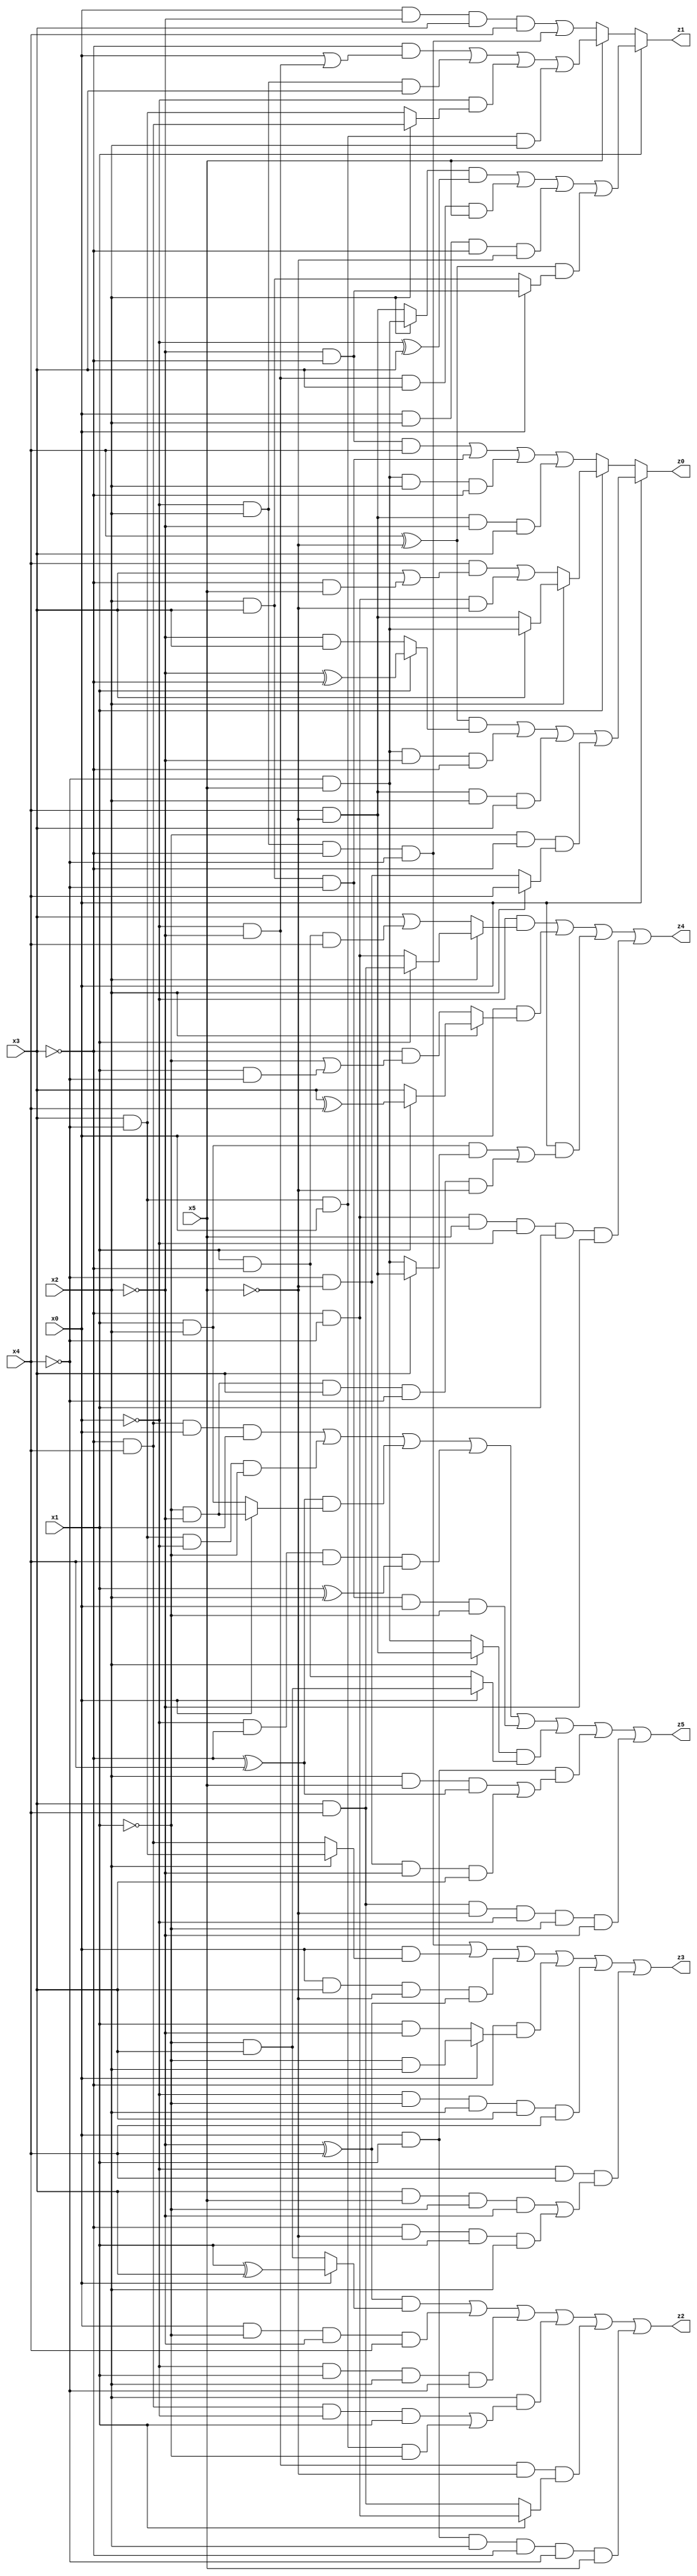
// Benchmark "X_45" written by ABC on Wed Jun 07 23:39:05 2023

module X_45 ( 
    x0, x1, x2, x3, x4, x5,
    z0, z1, z2, z3, z4, z5  );
  input  x0, x1, x2, x3, x4, x5;
  output z0, z1, z2, z3, z4, z5;
  assign z0 = x0 ? (((x4 ^ ~x5) & (x1 ? (~x2 ^ ~x3) : (~x2 & x3))) | (~x4 & x5 & ~x2 & ~x3) | (x4 & ~x5 & x2 & x3) | (~x1 & ~x3 & (x2 ? x4 : (~x4 & ~x5)))) : (x1 ? (x2 ? (x3 ? (~x4 & x5) : (x4 & ~x5)) : ((x4 & (x3 | (~x3 & x5))) | (~x3 & ~x4 & ~x5))) : ((~x2 & ~x3 & x4) | (x2 & x3 & ~x4) | (~x4 & x5 & x2 & ~x3) | (x4 & ~x5 & ~x2 & x3)));
  assign z1 = x1 ? (((x2 ? (~x4 & x5) : (x4 & ~x5)) & (~x0 ^ x3)) | (~x0 & ~x2 & x3 & x5) | (x0 & x2 & ~x3 & ~x5) | ((x4 ^ ~x5) & (x0 ? (~x2 & ~x3) : (x2 & x3)))) : (x5 ? ((~x3 & (x0 | (~x0 & ~x2))) | (~x0 & x2 & x3) | (~x0 & (x2 ? (~x3 & x4) : (x3 & ~x4))) | (x3 & ~x4 & x0 & x2)) : ((x0 & ~x2 & x3 & x4) | (~x0 & x2 & ~x3 & ~x4)));
  assign z2 = ((~x2 ^ x4) & (x0 ? (x1 ^ x3) : (~x1 & x3))) | (x0 & ~x1 & ~x2 & x4) | (~x0 & x1 & x2 & ~x4) | (x2 & ((~x3 & x4 & ~x0 & x1) | (x3 & ~x4 & x0 & ~x1))) | (~x0 & ~x2 & ~x5 & (x1 ? (~x3 & ~x4) : (x3 & x4))) | (x0 & x1 & x2 & ~x3 & ~x4 & x5);
  assign z3 = (~x0 & x2 & ~x3 & ~x4) | (x0 & (x2 ? (x3 & ~x4) : (~x3 & x4))) | (x0 & x3 & ~x5 & (~x2 ^ x4)) | (~x3 & (x0 ? (~x1 & x2) : (x1 & ~x2))) | (~x0 & ~x1 & x2 & x3 & x4) | (~x0 & x4 & ((x3 & x5 & ~x1 & ~x2) | (~x3 & ~x5 & x1 & x2)));
  assign z4 = (~x0 & (x2 ? (x1 ? (x3 & x4) : (~x3 & ~x4)) : (x3 | (x1 & ~x3 & x4)))) | (x0 & (x2 ? (x1 ? (x3 ^ x4) : x3) : (~x3 & (~x1 | (x1 & ~x4))))) | (x0 & ((x1 & x2 & (x3 ? (x4 & ~x5) : (~x4 & x5))) | (~x1 & ~x2 & x3 & ~x4 & ~x5))) | (~x3 & ~x4 & x5 & ~x0 & x1 & ~x2);
  assign z5 = (~x3 & x4 & x0 & x1) | (x3 & ~x4 & ~x0 & ~x1) | ((~x3 ^ x4) & (x0 ? (~x1 & ~x2) : (x1 & x2))) | (~x0 & ~x3 & x4 & (x1 ^ x2)) | (x2 & x3 & ~x4 & x0 & ~x1) | ((x2 ? (x4 & ~x5) : (~x4 & x5)) & (x0 ? (~x1 & x3) : (x1 & ~x3))) | (x0 & x1 & ((x2 & x5 & (~x3 ^ x4)) | (~x4 & ~x5 & ~x2 & x3))) | (x3 & x4 & ~x5 & ~x0 & ~x1 & ~x2);
endmodule